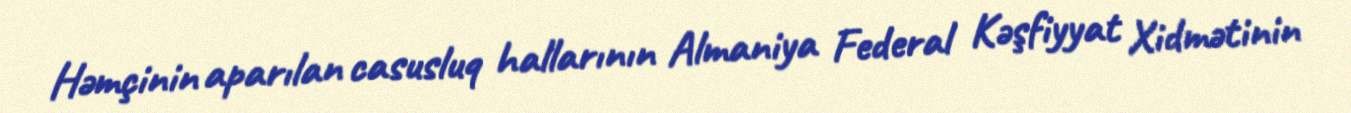
Həmçinin aparılan casusluq hallarının Almaniya Federal Kəşfiyyat Xidmətinin